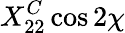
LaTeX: X_{22}^{C}\cos 2\chi